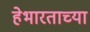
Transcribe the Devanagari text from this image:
हेभारताच्या